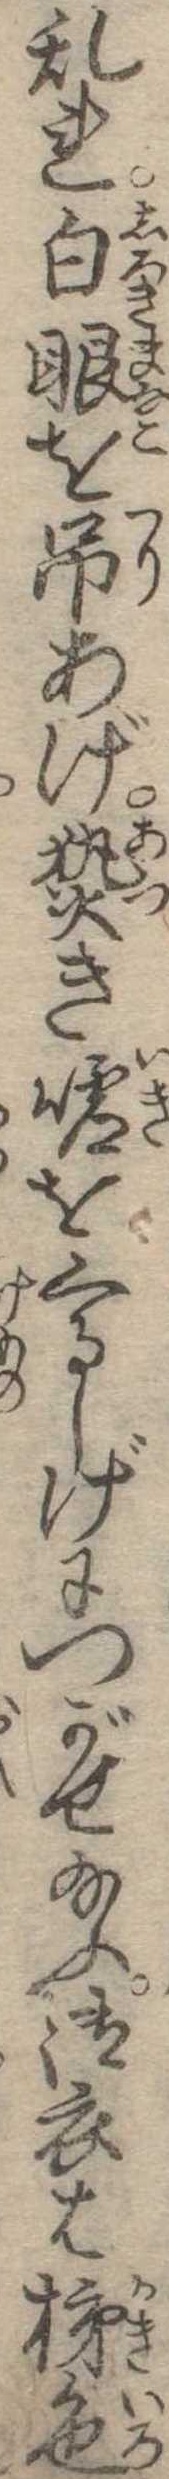
乱れ白眼を吊あげ熱き嘘をくるしげにつがせ給ふ御衣は柿色